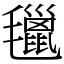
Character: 㲱